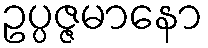
ဥပ္ပဇ္ဇမာနော